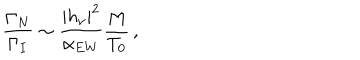
LaTeX: \frac { \Gamma _ { N } } { \Gamma _ { I } } \sim \frac { | h _ { \nu } | ^ { 2 } } { \alpha _ { E W } } \frac { M } { T _ { 0 } } \, ,